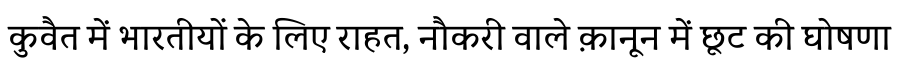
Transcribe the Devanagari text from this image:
कुवैत में भारतीयों के लिए राहत, नौकरी वाले क़ानून में छूट की घोषणा